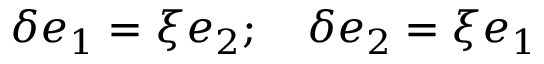
\delta e _ { 1 } = \xi e _ { 2 } ; \quad \delta e _ { 2 } = \xi e _ { 1 }